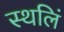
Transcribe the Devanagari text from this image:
स्थलिं